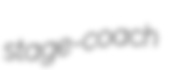
stage-coach